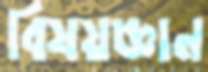
বিষয়জ্ঞান